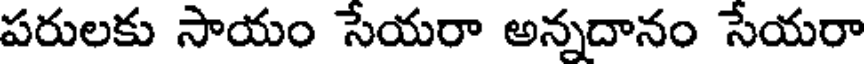
పరులకు సాయం సేయరా అన్నదానం సేయరా